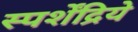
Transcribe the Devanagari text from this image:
स्पर्शेंद्रिये